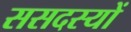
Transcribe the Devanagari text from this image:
ससदस्यों